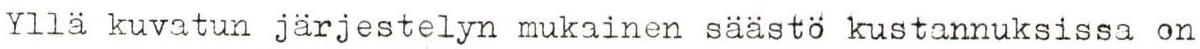
Yllä kuvatun järjestelyn mukainen säästö kustannuksissa on